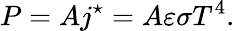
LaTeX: P=Aj^{\star}=A\varepsilon\sigma T^{4}.